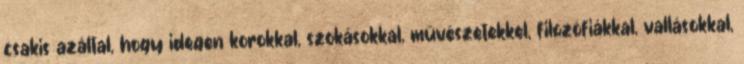
csakis azáltal, hogy idegen korokkal, szokásokkal, művészetekkel, filozófiákkal, vallásokkal,